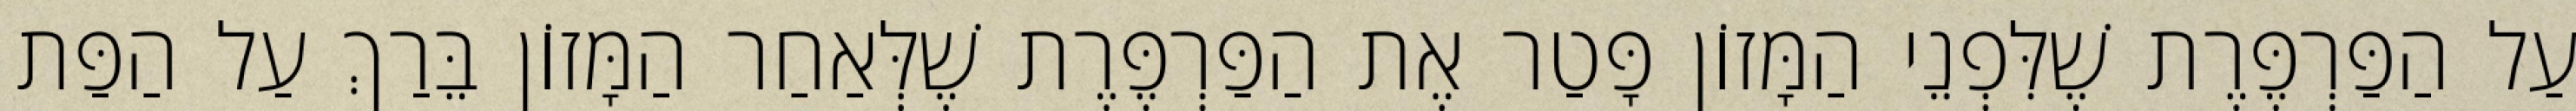
עַל הַפַּרְפֶּרֶת שֶׁלִּפְנֵי הַמָּזוֹן פָּטַר אֶת הַפַּרְפֶּרֶת שֶׁלְּאַחַר הַמָּזוֹן בֵּרַךְ עַל הַפַּת